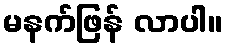
မနက်ဖြန် လာပါ။